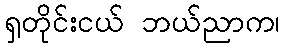
ရှတိုင်းငယ် ဘယ်ညာက၊